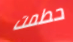
حطمت